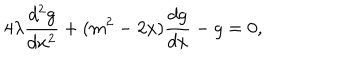
LaTeX: 4 \lambda \frac { d ^ { 2 } g } { d x ^ { 2 } } + ( m ^ { 2 } - 2 x ) \frac { d g } { d x } - g = 0 ,